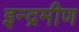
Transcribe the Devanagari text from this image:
इन्द्रमीण